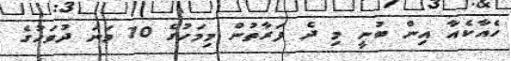
ހެއާކެއާ އިން ބުނީ މި ދެ ފަރާތުން މިމަހުގެ 10 ވަނަ ދުވަހުގެ